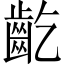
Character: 齕